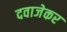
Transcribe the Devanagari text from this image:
दवाजेकर